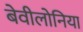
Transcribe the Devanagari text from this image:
बेवीलोनिया